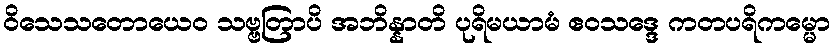
ဝိသေသတောယေဝ သဗ္ဗတြာပိ အဘိန္နာတိ ပုရိမယာမံ ဧဝသဒ္ဒေ ကတပရိကမ္မော